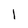
Character: 1